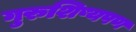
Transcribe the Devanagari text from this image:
गुरुशिष्यपण